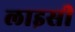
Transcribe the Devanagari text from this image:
लाइसी